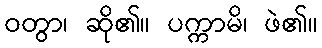
ဝတွာ၊ ဆို၏။ ပက္ကာမိ၊ ဖဲ၏။